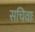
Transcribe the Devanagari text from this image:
सचिवाः